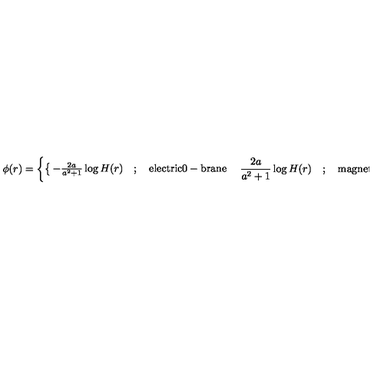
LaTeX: \phi ( r ) = \left\{ \begin{cases} { - \frac { 2 a } { a ^ { 2 } + 1 } \log H ( r ) \quad ; \quad \mathrm { e l e c t r i c 0 - b r a n e } } \\ { \quad \frac { 2 a } { a ^ { 2 } + 1 } \log H ( r ) \quad ; \quad \mathrm { m a g n e t i c s o l i t o n i c 0 - b r a n e } ; } \\ \end{cases} \right.